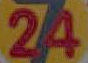
24